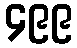
၄၉၉